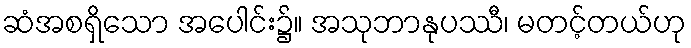
ဆံအစရှိသော အပေါင်း၌။ အသုဘာနုပဿီ၊ မတင့်တယ်ဟု